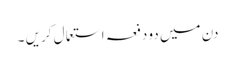
دن میں دو دفعہ استعما ل کریں ۔